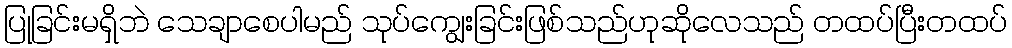
ပြုခြင်းမရှိဘဲ သေချာစေပါမည် သုပ်ကျွေးခြင်းဖြစ်သည်ဟုဆိုလေသည် တထပ်ပြီးတထပ်